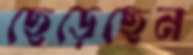
ছেড়েছেন